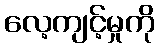
လေ့ကျင့်မှုကို